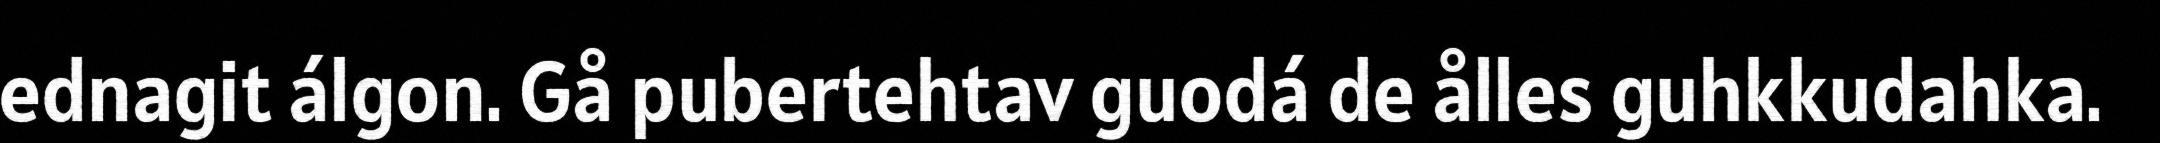
ednagit álgon. Gå pubertehtav guodá de ålles guhkkudahka.